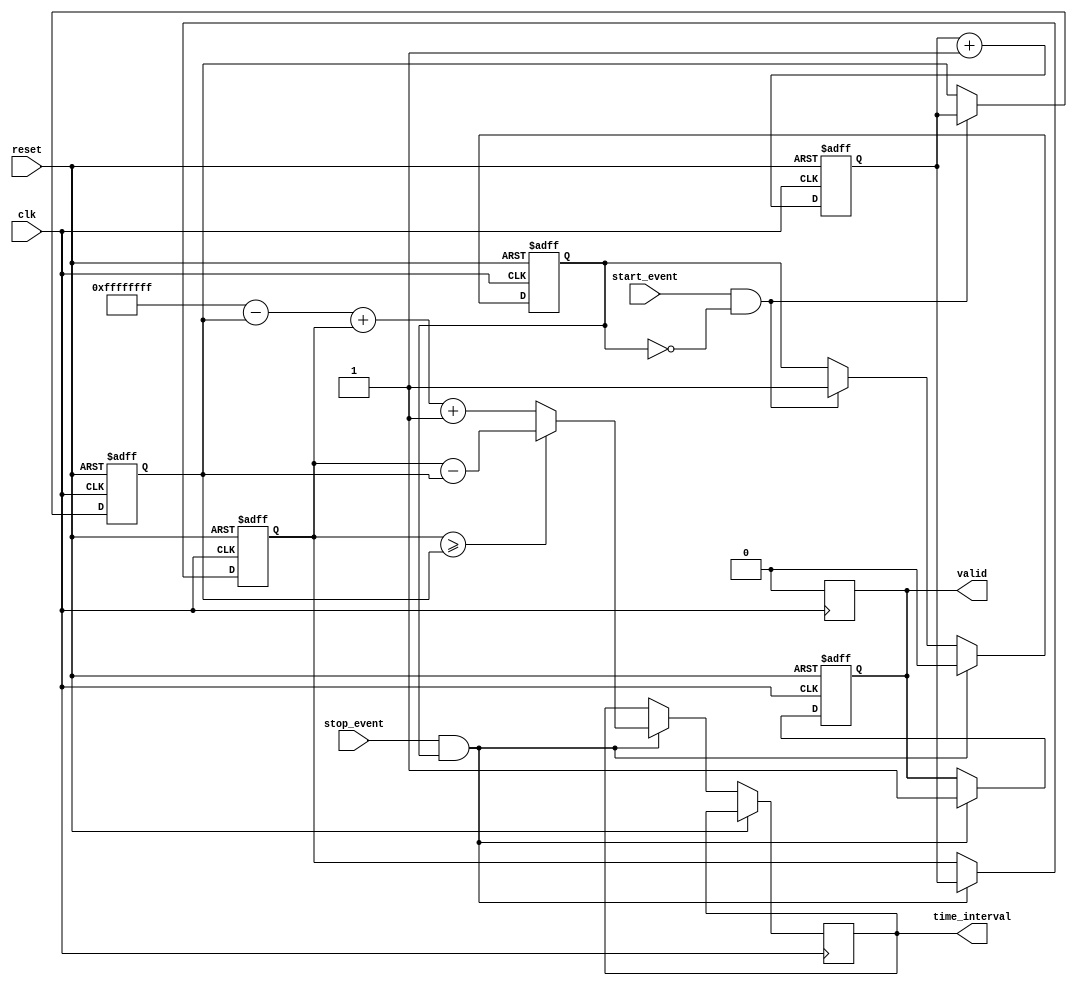
module SingleShotTDC(
    input wire clk,           // High-frequency clock
    input wire reset,         // Reset signal
    input wire start_event,   // Start event signal
    input wire stop_event,    // Stop event signal
    output reg [31:0] time_interval, // Output time interval
    output reg valid          // Output valid signal
);
    reg [31:0] start_time;        // Memory to store start time
    reg [31:0] stop_time;         // Memory to store stop time
    reg start_captured;           // Flag for capturing start time

    // Clock counter
    reg [31:0] clock_count;

    // Clock counter process
    always @(posedge clk or posedge reset) begin
        if (reset) begin
            clock_count <= 32'd0;
        end else begin
            clock_count <= clock_count + 1;
        end
    end

    // Event detection and timestamp storage
    always @(posedge clk or posedge reset) begin
        if (reset) begin
            start_time <= 32'd0;
            stop_time <= 32'd0;
            valid <= 1'b0;
            start_captured <= 1'b0;
        end else begin
            if (start_event && !start_captured) begin
                start_time <= clock_count;  // Capture start time
                start_captured <= 1'b1;      // Set flag to true
            end
            if (stop_event && start_captured) begin
                stop_time <= clock_count;   // Capture stop time
                // Calculate time interval
                if (stop_time >= start_time) begin
                    time_interval <= stop_time - start_time; // Normal case
                end else begin
                    time_interval <= (32'hFFFFFFFF - start_time) + stop_time + 1; // Wrap around case
                end
                valid <= 1'b1; // Set valid signal
                start_captured <= 1'b0; // Reset captured flag for next measurement
            end
        end
    end

    // Optional: Output reset condition handling
    always @(posedge clk) begin
        if (valid) begin
            // Clear valid flag after reading output
            valid <= 1'b0;
        end
    end

endmodule